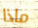
ماذا